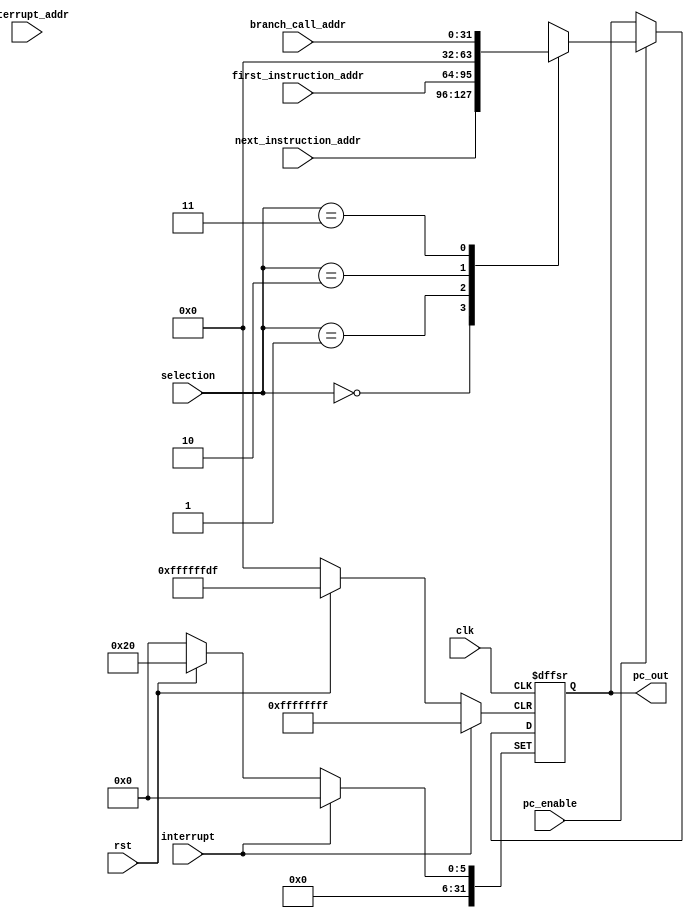
module PC_Mux (
    input clk, rst,
    input [31:0] interrupt_addr,
    input [31:0] first_instruction_addr,
    input [31:0] next_instruction_addr,
    input [31:0] branch_call_addr,
    //input [31:0] calling_addr,
    input [1:0] selection,
    input pc_enable,
    output  [31:0] pc_out,
    input interrupt
);
//f d e m wb
//  f d e m  wb
//    f d e  m  wb
reg [31:0] pc;

assign pc_out = pc;
always @(posedge clk, posedge rst, posedge interrupt)
begin
    if(interrupt)
        pc = 32'b0;
    else if(rst)
        pc = 32'h20; 
    else if(clk)
    begin
        if(pc_enable)
        begin
            case (selection)
                2'b00: pc = next_instruction_addr;
                2'b01: pc = first_instruction_addr;
                2'b10: pc = 32'b0;
                2'b11: pc = branch_call_addr;
                default: pc = pc;
            endcase
        end
        
    end
end

endmodule